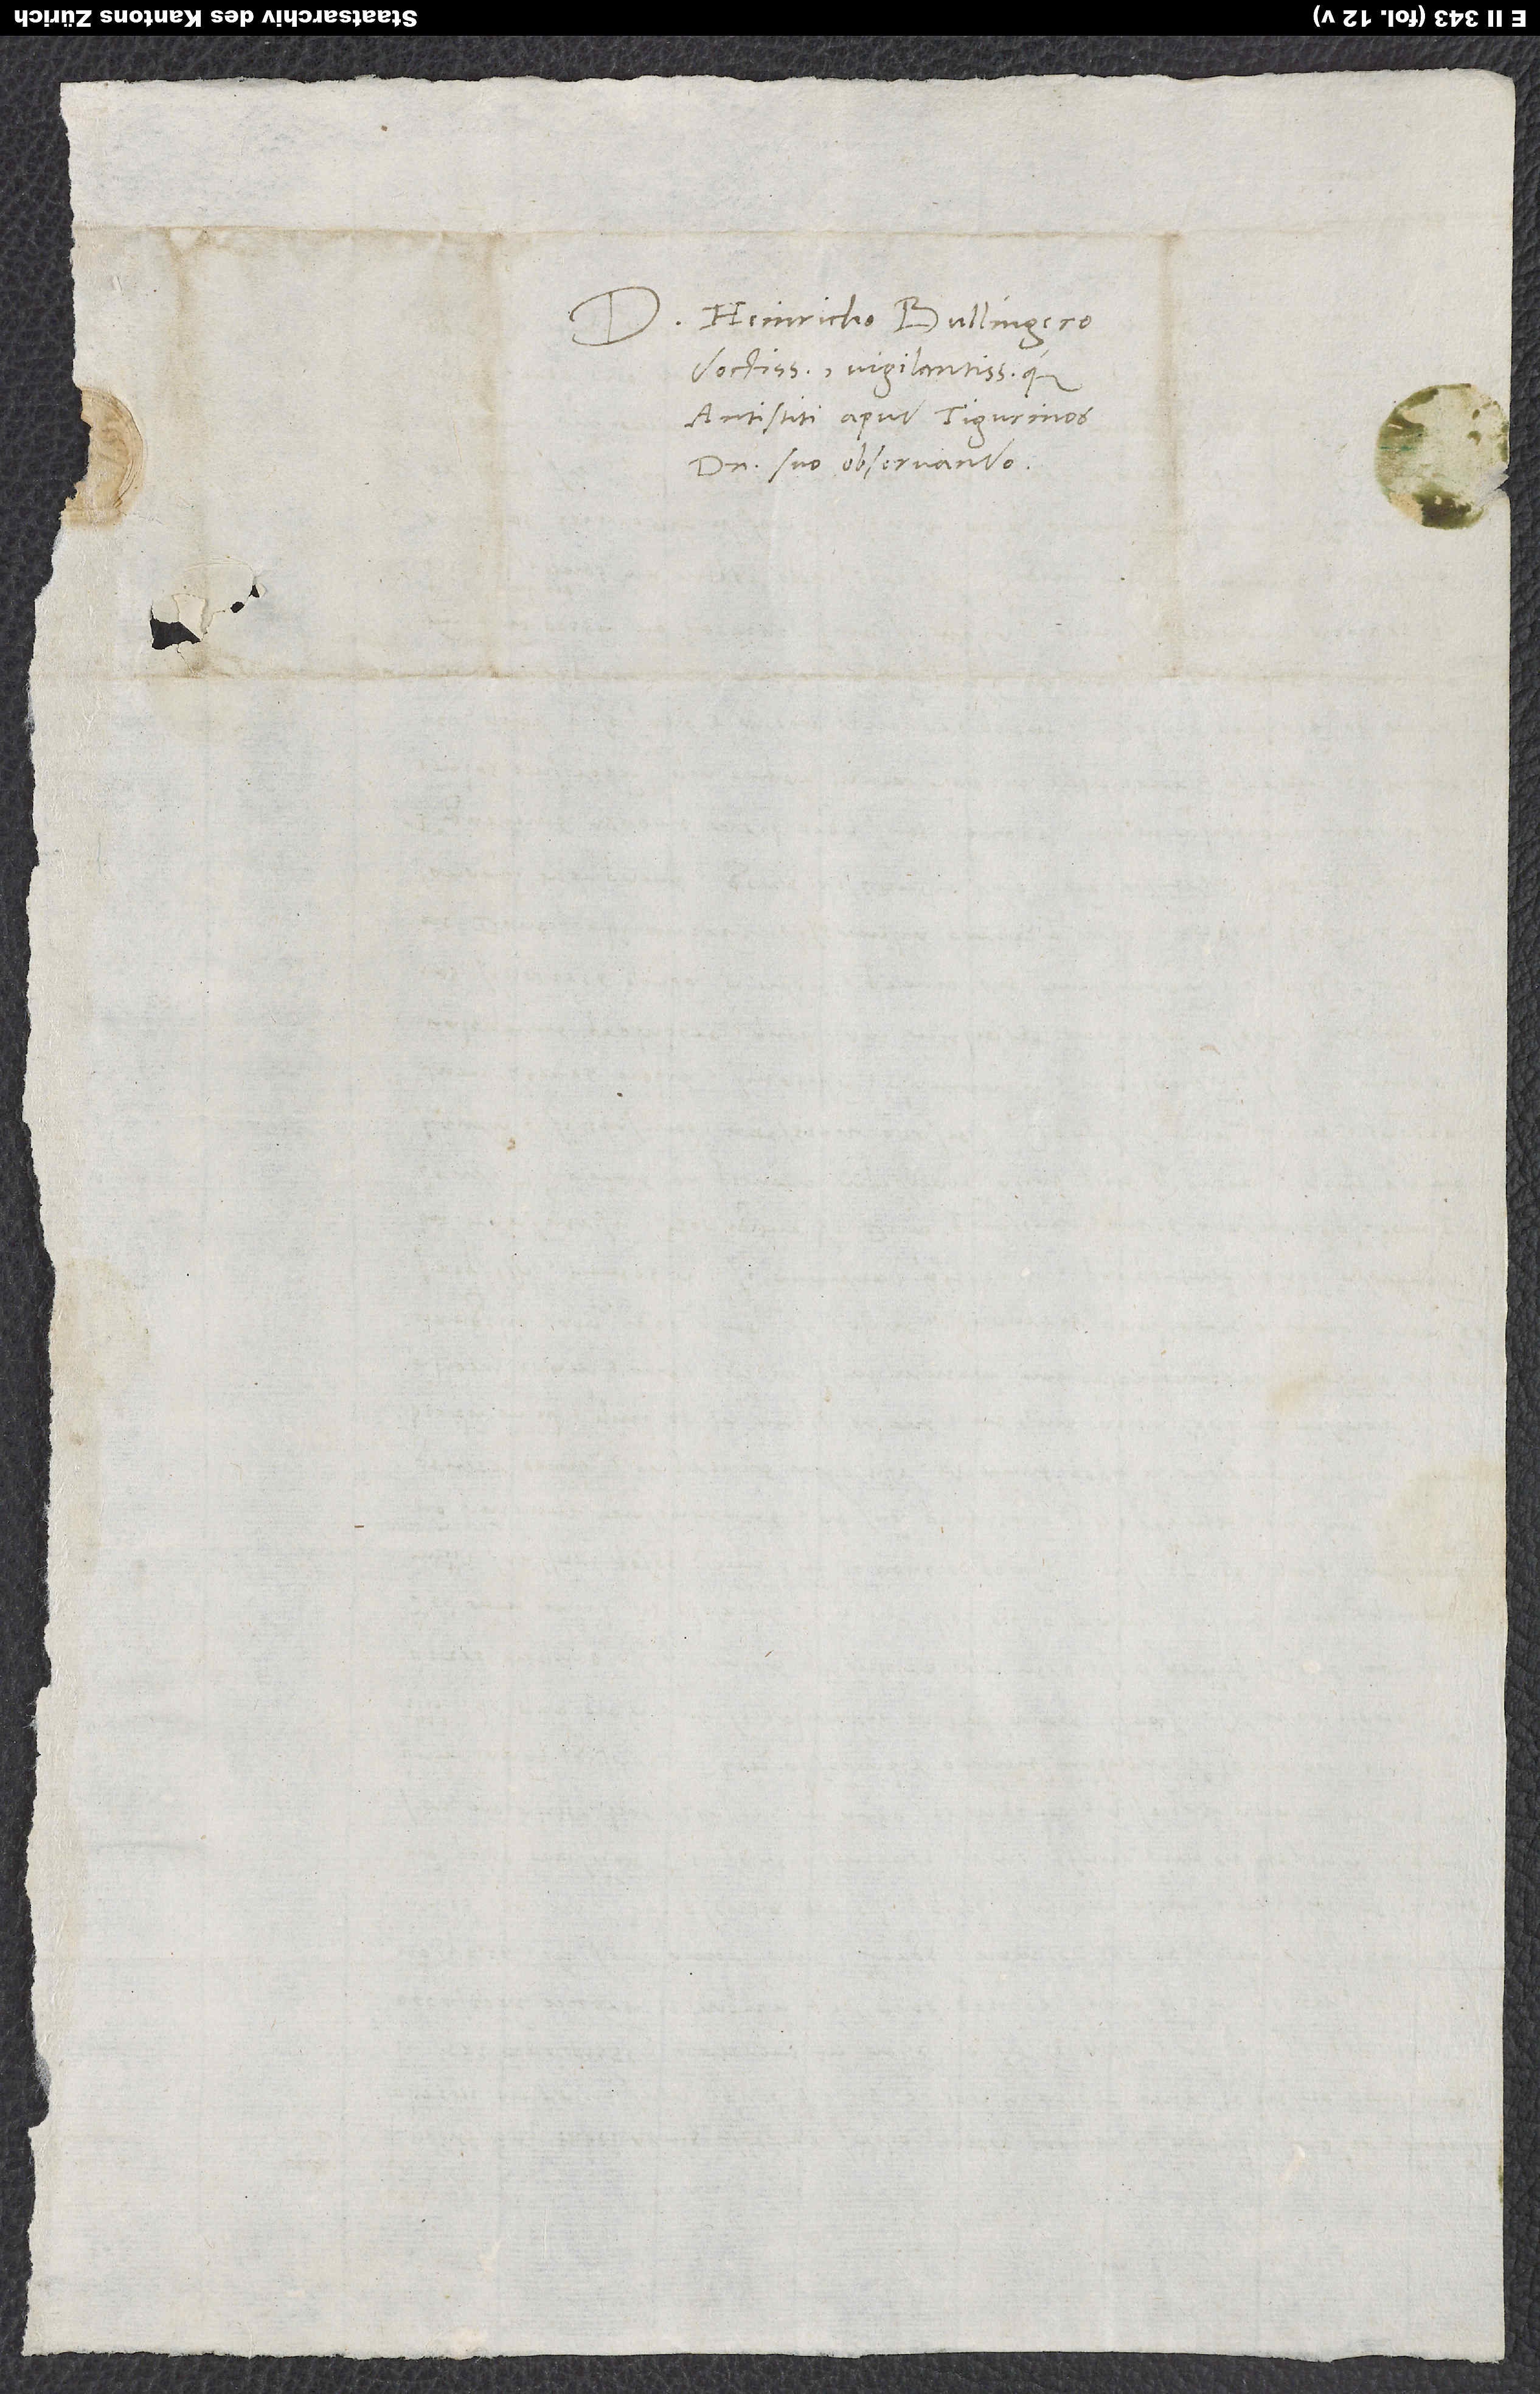
Domino Heinricho Bullingero,
doctissimo vigilantissimoque
antistiti apud Tigurinos,
domino suo observando.